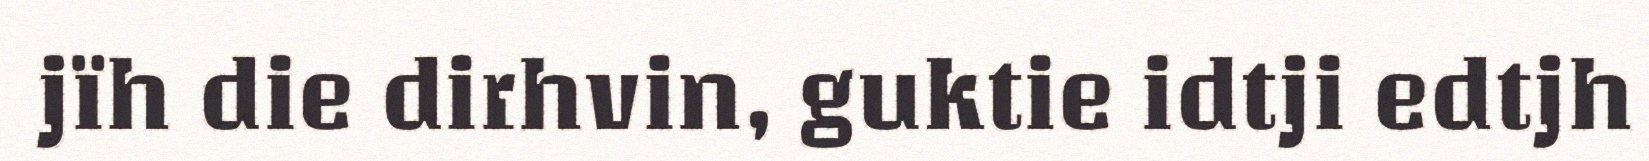
jïh die dirhvin, guktie idtji edtjh